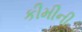
કીમીની